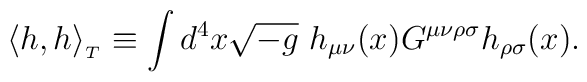
\langle h,h\rangle _{_T} \equiv \int d^4 x \sqrt{-g}\  h_{\mu \nu}(x)G^{\mu \nu\rho \sigma}h_{\rho \sigma}(x).